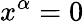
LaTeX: x^{\alpha}=0